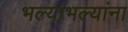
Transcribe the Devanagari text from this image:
भल्याभल्यांना